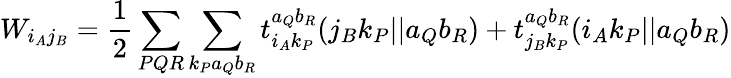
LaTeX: W_{i_{A}j_{B}}=\frac{1}{2}\sum_{PQR}\sum_{k_{P}a_{Q}b_{R}}t_{i_{A}k_{P}}^{a_{Q}b_{R}}(j_{B}k_{P}||a_{Q}b_{R})+t_{j_{B}k_{P}}^{a_{Q}b_{R}}(i_{A}k_{P}||a_{Q}b_{R})